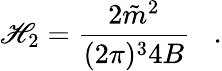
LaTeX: \mathscr{H}_{2}=\frac{{2\tilde{{m}}^{2}}}{{(2\pi)^{3}4B}}\; \; \; .